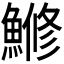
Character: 𫙯